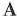
A